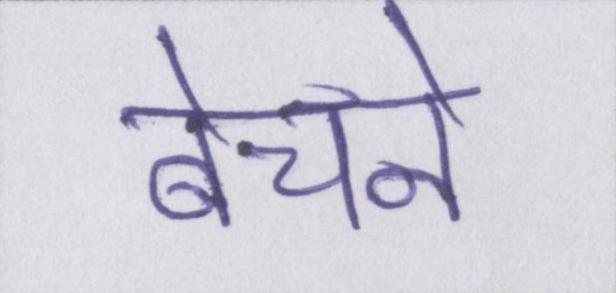
बेचने